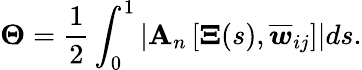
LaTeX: \boldsymbol{\Theta}=\frac{1}{2}\int_{0}^{1}\left|\mathbf{A}_{n}\left[\mathbf{\Xi}(s),\overline{{\boldsymbol{w}}}_{ij}\right]\right|ds.